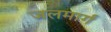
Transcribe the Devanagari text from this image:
जलमार्गं